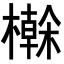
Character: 𭬕